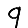
Digit: 9